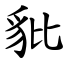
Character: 豼